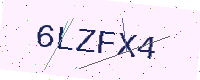
Text: 6LZFX4